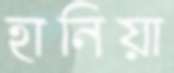
হানিয়া